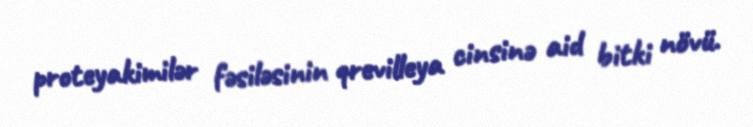
proteyakimilər fəsiləsinin qrevilleya cinsinə aid bitki növü.